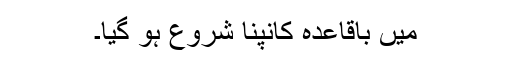
میں باقاعدہ کانپنا شروع ہو گیا۔